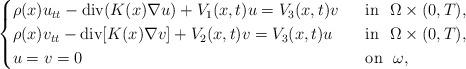
LaTeX: \begin{align*}\begin{cases}\rho(x) u_{tt} - \operatorname{div}(K(x) \nabla u) + V_1(x,t)u=V_3(x,t)v &~\hbox{ in }~ \Omega \times (0,T), \\\rho(x) v_{tt} - \operatorname{div}[K(x) \nabla v] + V_2(x,t)v=V_3(x,t)u &~\hbox{ in }~ \Omega\times (0,T), \\u=v=0 &~\hbox{ on }~ \omega,\\\end{cases}\end{align*}